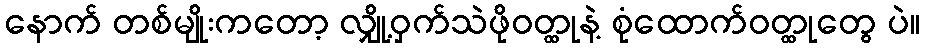
နောက် တစ်မျိုးကတော့ လျှို့ဝှက်သဲဖိုဝတ္ထုနဲ့ စုံထောက်ဝတ္ထုတွေ ပဲ။